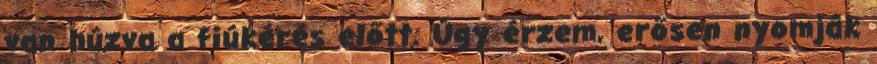
van húzva a fiúkérés előtt. Úgy érzem, erősen nyomják